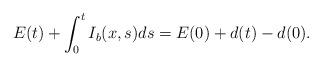
LaTeX: \begin{align*}E(t)+\int_0^tI_b(x,s)ds=E(0)+d(t)-d(0).\end{align*}